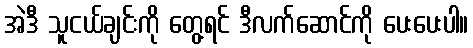
အဲဒီ သူငယ်ချင်းကို တွေ့ရင် ဒီလက်ဆောင်ကို ပေးပေးပါ။